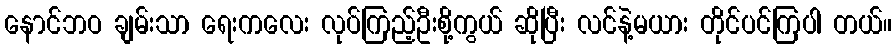
နောင်ဘဝ ချမ်းသာ ရေးကလေး လုပ်ကြည့်ဦးစို့ကွယ် ဆိုပြီး လင်နဲ့မယား တိုင်ပင်ကြပါ တယ်။